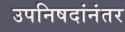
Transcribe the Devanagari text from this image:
उपनिषदांनंतर